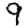
Digit: 9